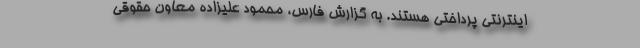
اینترنتی پرداختی هستند. به گزارش فارس،‌ محمود علیزاده معاون حقوقی